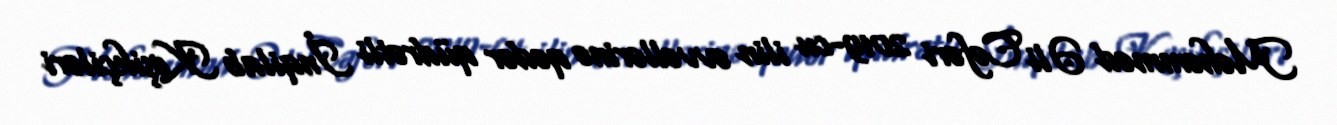
Məhəmməd Əli Cəfəri 2019-cu ilin əvvəllərinə qədər qüdrətli İnqilab Keşikçiləri